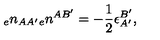
{ _ { e } n _ { A A ^ { \prime } } } { _ { e } n ^ { A B ^ { \prime } } } = - { \frac { 1 } { 2 } } \epsilon _ { A ^ { \prime } } ^ { B ^ { \prime } } ,